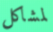
لمشاكل